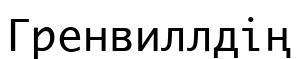
Гренвиллдің